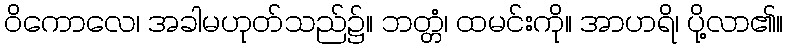
ဝိကောလေ၊ အခါမဟုတ်သည်၌။ ဘတ္တံ၊ ထမင်းကို။ အာဟရိ၊ ပို့လာ၏။